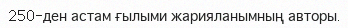
250-ден астам ғылыми жарияланымның авторы.